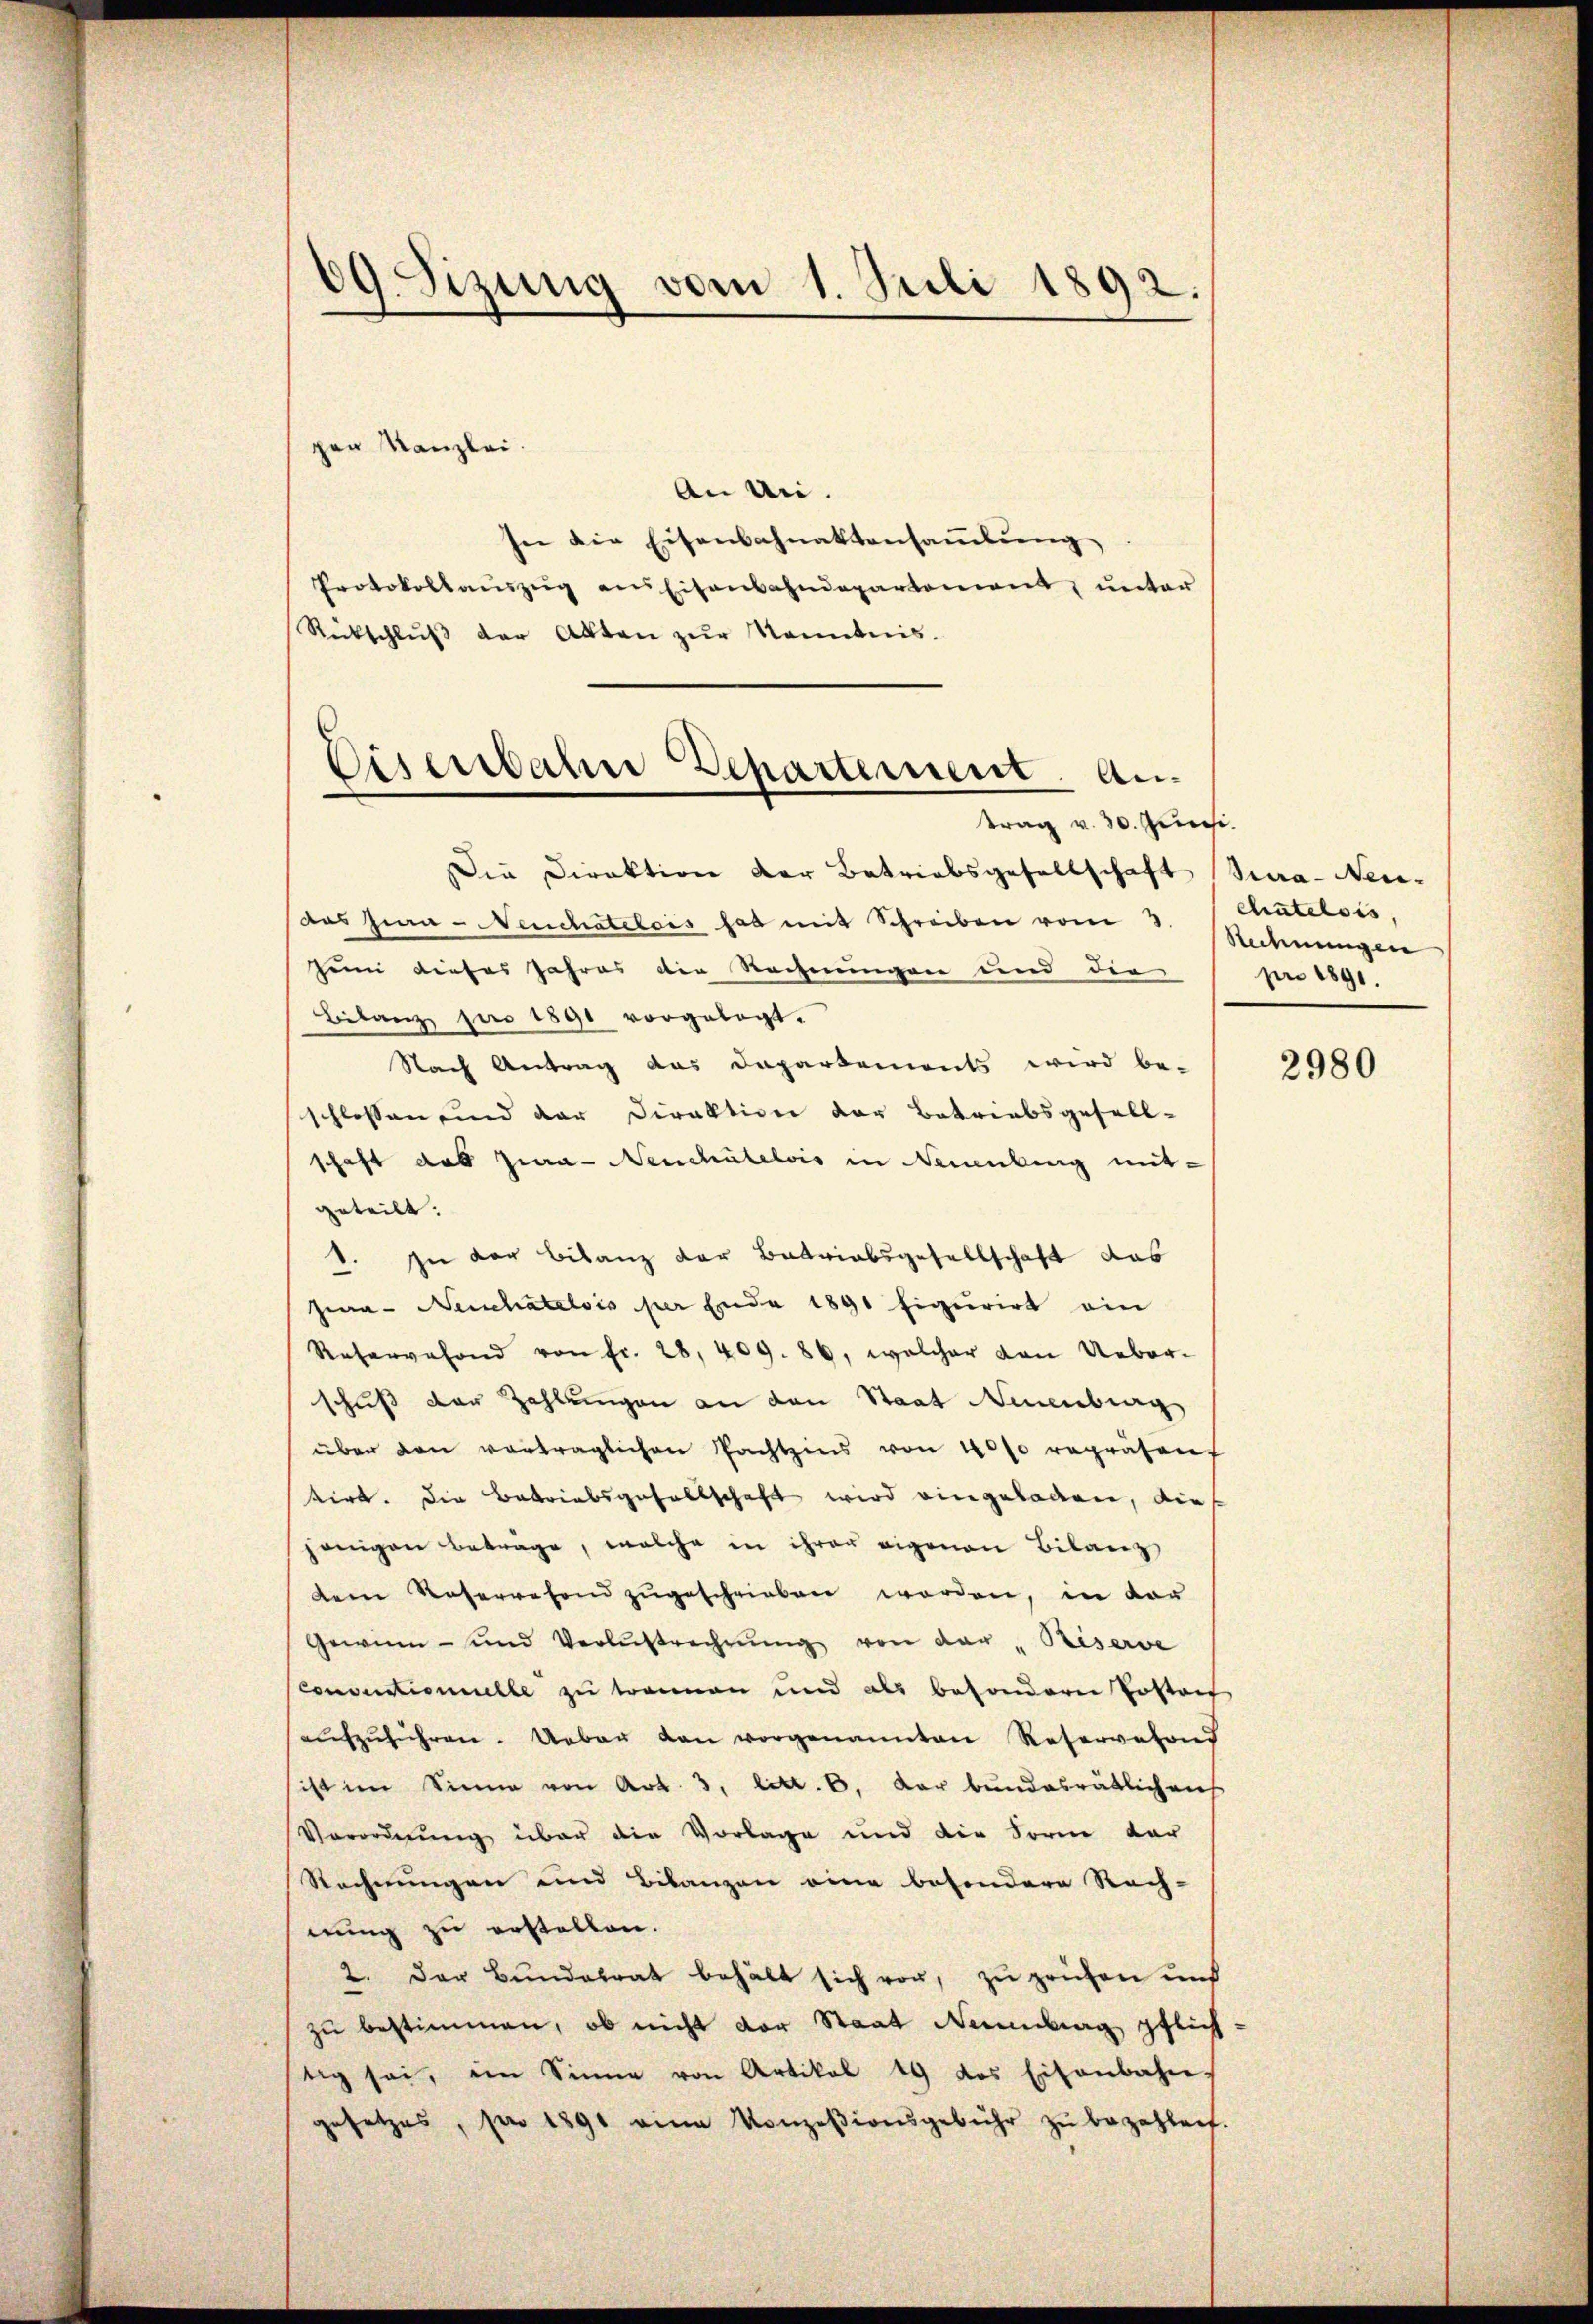
09. Sizung vom 1. Juli 1892.

pen Kanzlei.
An an.
see die Eisenbahnaktensammlung
Protokollaŭszŭg ans Eisenbahndepartement, unter
Rütschlŭβ der Akten zŭr Kenntnis.
Die Direktion der Betriebsgesellschaft
das Jura - Neuchatelois hat mit Schreiben vom 3.
heim dieses Jahres die Rechnungen und die
Bilanz pro 1890 vorgelegt.
Nach Antrag das Dapartement wird be-
schlossen und der Direktion der Betriebsgesell-
schaft das Jura- Neuchâtelois in Neuenburg mit-
geteilt.
. In der Bilanz der Betriebsgesellschaft das
Jena - Neuchatelois per Ende 1891 figurirt ein
Reservefond von fr. 28, 409. 86, welcher von Ueber-
schuß der Zahlungen an den Staat Neuenburg
über den verträglichen Pachtzins von 4000 repräsen
tirt. Die Betriebsgesellschaft wird eingeladen, die
jenigen betrage, welche in ihrer eigenen Bilanz
dem Reserwesend zŭgeschrieben worden, in dar
Gewinn- und Verlustrechnŭng von der "Reserve
Conductionielle zu trennen und als besondere Postaet
aŭfzŭführen. Ueber den vorgenannten Reservefond
ist im Sinne von Art. 3. litt. 6. Der bundesrätlichen
Verordnung über die Vorlage und die Sorm dar
Rechnungen und Bilanzen eine besondere Rech-
nung zu erstellen.
2. Der Bundesrat behält sich vor, zu prüfen und
zu bestimmen, ob nicht der Staat Naumbung pflich
tig sei, im Sinne von Artikel 19 des Eisenbahn
gesetzes, pro 1891 eine Konzesionsgebühr zŭ bezahlent.

Eisenbahne Departement. Antrag v. 30. Juni.

Sea-Neu-
Chatelois,
Rechnungen
pro 1891

2980